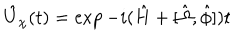
LaTeX: \hat { U } _ { \chi } ( t ) = \exp - i ( \hat { H } + [ \hat { \Omega } , \hat { \phi } ] ) t